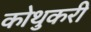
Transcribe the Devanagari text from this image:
कोथुकरी